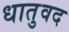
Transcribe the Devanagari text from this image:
धातुवद